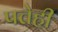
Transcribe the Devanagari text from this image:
पत्तेही